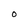
Character: O